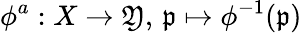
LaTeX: \phi^{a}:X\to\mathfrak{Y},\, {\mathfrak{{p}}}\mapsto\phi^{-1}({\mathfrak{{p}}})